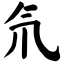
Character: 氘